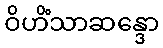
ဝိဟိံသာဆန္ဒော